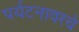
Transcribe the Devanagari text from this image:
पर्यटनावरचे